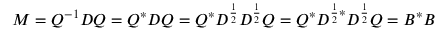
M = Q ^ { - 1 } D Q = Q ^ { * } D Q = Q ^ { * } D ^ { \frac { 1 } { 2 } } D ^ { \frac { 1 } { 2 } } Q = Q ^ { * } D ^ { { \frac { 1 } { 2 } } * } D ^ { \frac { 1 } { 2 } } Q = B ^ { * } B